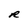
Character: R